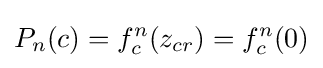
P_{n}(c)=f_{c}^{n}(z_{cr})=f_{c}^{n}(0)